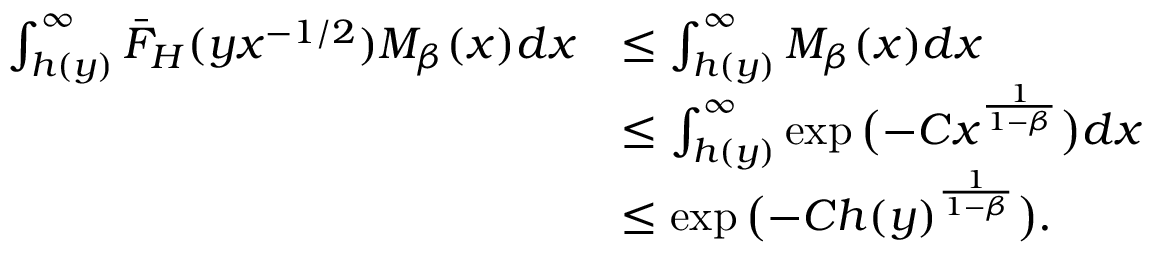
\begin{array} { r l } { \int _ { h ( y ) } ^ { \infty } \bar { F } _ { H } ( y x ^ { - 1 / 2 } ) M _ { \beta } ( x ) d x } & { \leq \int _ { h ( y ) } ^ { \infty } M _ { \beta } ( x ) d x } \\ & { \leq \int _ { h ( y ) } ^ { \infty } \exp \big ( { - C } x ^ { \frac { 1 } { 1 - \beta } } \big ) d x } \\ & { \leq \exp \big ( { - C } h ( y ) ^ { \frac { 1 } { 1 - \beta } } \big ) . } \end{array}